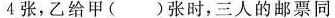
4张，乙给甲( )张时，三人的邮票同